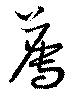
薦